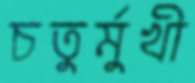
চতুর্মুখী